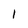
Character: I